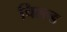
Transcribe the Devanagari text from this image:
चिल्ल्ड